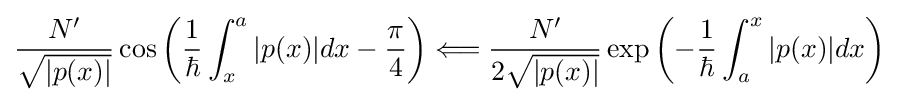
{\frac {N'}{\sqrt {|p(x)|}}}\cos {\left({\frac {1}{\hbar }}\int _{x}^{a}|p(x)|dx-{\frac {\pi }{4}}\right)}\Longleftarrow {\frac {N'}{2{\sqrt {|p(x)|}}}}\exp {\left(-{\frac {1}{\hbar }}\int _{a}^{x}|p(x)|dx\right)}